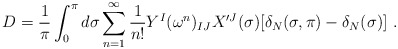
\begin{align*}D=\frac{1}{\pi}\int_0^{\pi}d\sigma \sum_{n=1}^{\infty}\frac{1}{n!}Y^I(\omega^n)_{IJ}X'^J(\sigma)[\delta_N (\sigma,\pi)-\delta_N (\sigma) ] \ .\end{align*}